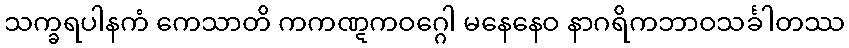
သက္ခရပါနကံ ကေသာတိ ကကဏ္ဋကဝဂ္ဂေါ မနေနေဝ နာဂရိကဘာဝသင်္ခါတဿ